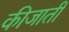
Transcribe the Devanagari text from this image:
कीजाती